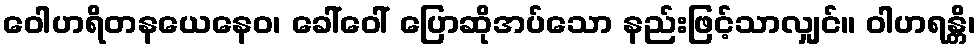
ဝေါဟရိတနယေနေဝ၊ ခေါ်ဝေါ် ပြောဆိုအပ်သော နည်းဖြင့်သာလျှင်။ ဝါဟရန္တိ၊